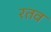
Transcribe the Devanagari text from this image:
रतव